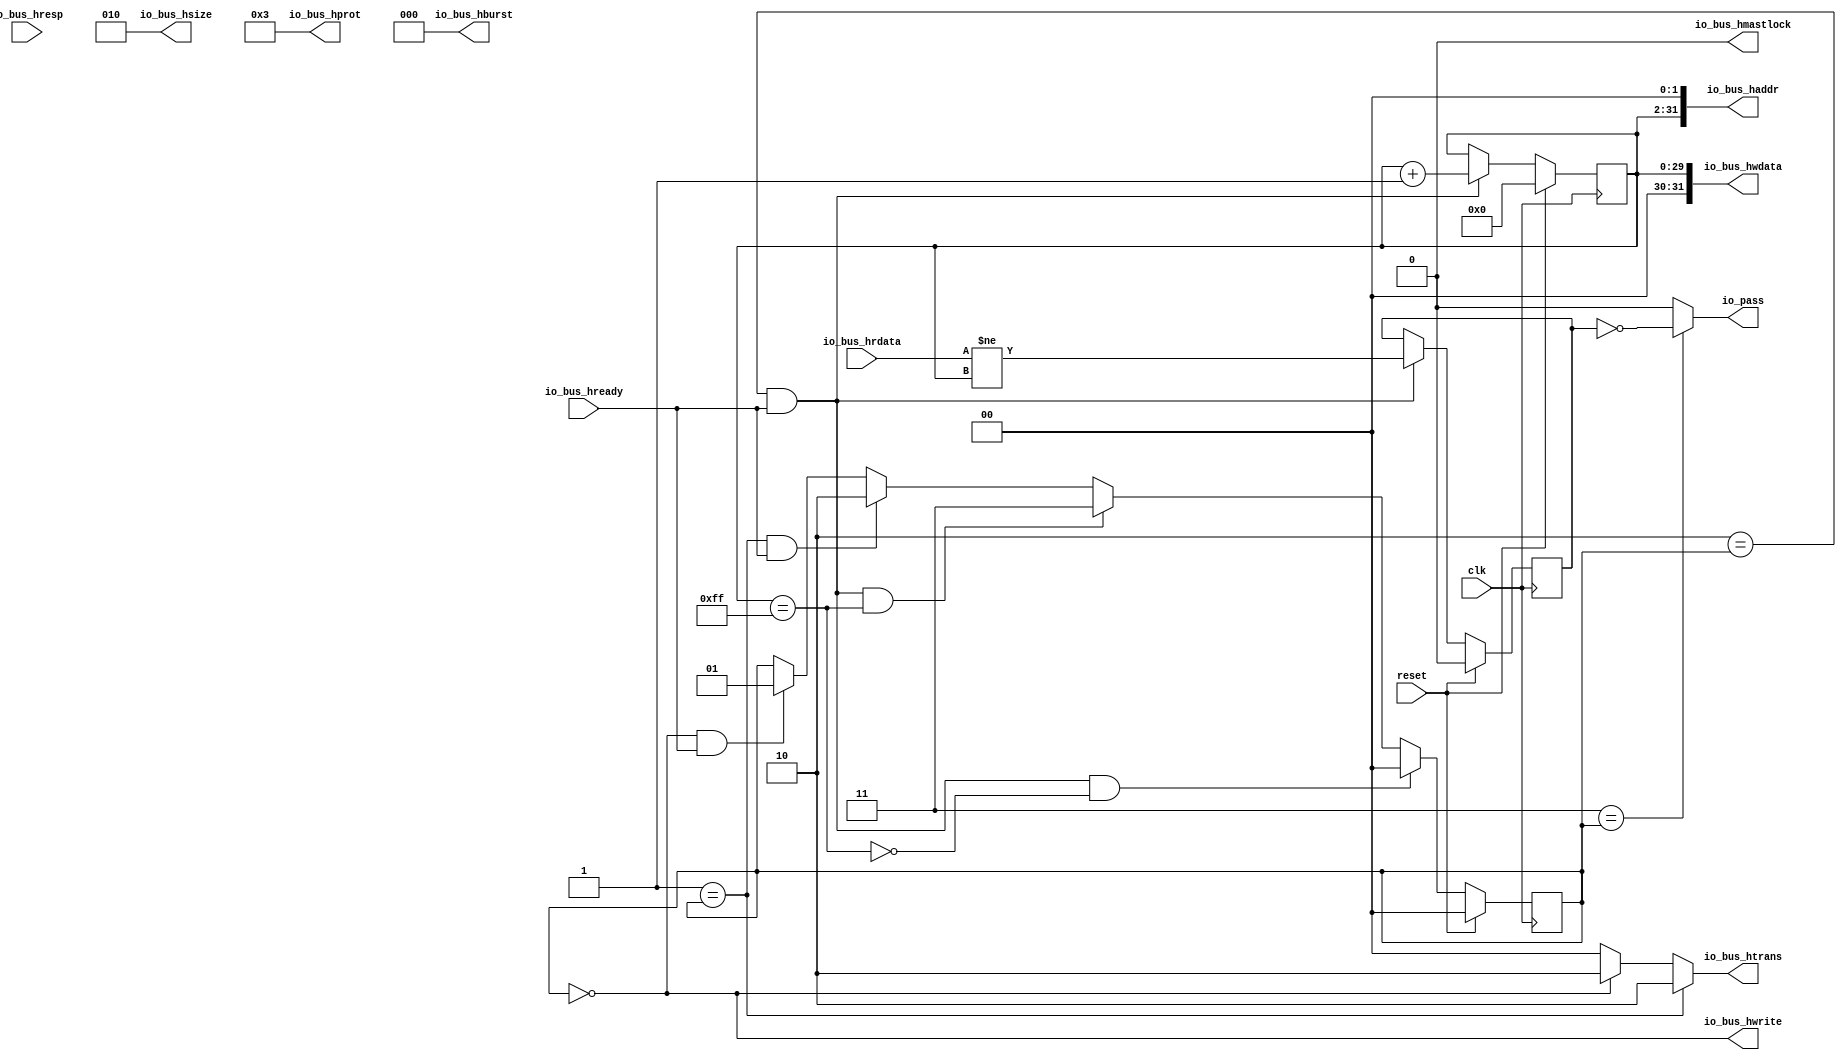
`timescale 1ns/1ps

module hasti_mbist(input clk, input reset,
    output[31:0] io_bus_haddr,
    output io_bus_hwrite,
    output[2:0] io_bus_hsize,
    output[2:0] io_bus_hburst,
    output[3:0] io_bus_hprot,
    output[1:0] io_bus_htrans,
    output io_bus_hmastlock,
    output[31:0] io_bus_hwdata,
    input [31:0] io_bus_hrdata,
    input  io_bus_hready,
    input  io_bus_hresp,
    output io_pass
);

  wire T0;
  wire T1;
  reg  error;
  wire T23;
  wire T2;
  wire T3;
  wire T4;
  wire T5;
  reg [1:0] state;
  wire[1:0] T24;
  wire[1:0] T6;
  wire[1:0] T7;
  wire[1:0] T8;
  wire[1:0] T9;
  wire T10;
  wire T11;
  wire T12;
  wire T13;
  wire T14;
  wire T15;
  reg [29:0] addr;
  wire[29:0] T25;
  wire[29:0] T16;
  wire[29:0] addr_next;
  wire T17;
  wire T18;
  wire T19;
  wire[31:0] T26;
  wire[1:0] T20;
  wire[1:0] T21;
  wire[31:0] T22;

`ifndef SYNTHESIS
// synthesis translate_off
  integer initvar;
  initial begin
    #0.002;
    error = {1{$random}};
    state = {1{$random}};
    addr = {1{$random}};
  end
// synthesis translate_on
`endif

  assign io_pass = T0;
  assign T0 = T19 ? T1 : 1'h0;
  assign T1 = error ^ 1'h1;
  assign T23 = reset ? 1'h0 : T2;
  assign T2 = T4 ? T3 : error;
  assign T3 = io_bus_hrdata != io_bus_hwdata;
  assign T4 = T5 & io_bus_hready;
  assign T5 = 2'h2 == state;
  assign T24 = reset ? 2'h0 : T6;
  assign T6 = T17 ? 2'h0 : T7;
  assign T7 = T14 ? 2'h3 : T8;
  assign T8 = T12 ? 2'h2 : T9;
  assign T9 = T10 ? 2'h1 : state;
  assign T10 = T11 & io_bus_hready;
  assign T11 = 2'h0 == state;
  assign T12 = T13 & io_bus_hready;
  assign T13 = 2'h1 == state;
  assign T14 = T4 & T15;
  assign T15 = addr == 30'hff;
  assign T25 = reset ? 30'h0 : T16;
  assign T16 = T4 ? addr_next : addr;
  assign addr_next = addr + 30'h1;
  assign T17 = T4 & T18;
  assign T18 = T15 ^ 1'h1;
  assign T19 = 2'h3 == state;
  assign io_bus_hwdata = T26;
  assign T26 = {2'h0, addr};
  assign io_bus_hmastlock = 1'h0;
  assign io_bus_htrans = T20;
  assign T20 = T13 ? 2'h2 : T21;
  assign T21 = T11 ? 2'h2 : 2'h0;
  assign io_bus_hprot = 4'h3;
  assign io_bus_hburst = 3'h0;
  assign io_bus_hsize = 3'h2;
  assign io_bus_hwrite = T11;
  assign io_bus_haddr = T22;
  assign T22 = {addr, 2'h0};

  always @(posedge clk) begin
    if(reset) begin
      error <= 1'h0;
    end else if(T4) begin
      error <= T3;
    end
    if(reset) begin
      state <= 2'h0;
    end else if(T17) begin
      state <= 2'h0;
    end else if(T14) begin
      state <= 2'h3;
    end else if(T12) begin
      state <= 2'h2;
    end else if(T10) begin
      state <= 2'h1;
    end
    if(reset) begin
      addr <= 30'h0;
    end else if(T4) begin
      addr <= addr_next;
    end
  end
endmodule